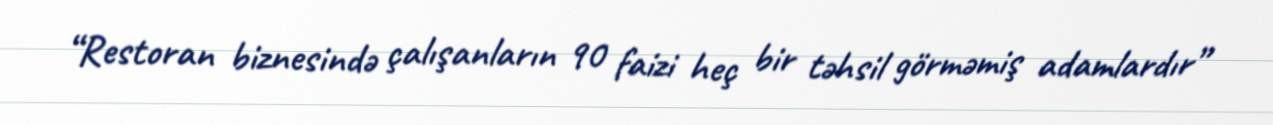
“Restoran biznesində çalışanların 90 faizi heç bir təhsil görməmiş adamlardır”